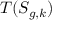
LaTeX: T ( S _ { g , k } )